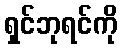
ရှင်ဘုရင်ကို